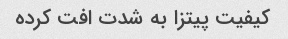
کیفیت پیتزا به شدت افت کرده